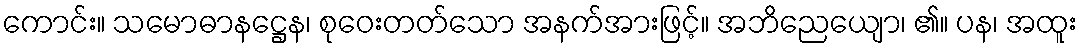
ကောင်း။ သမောဓာနဋ္ဌေန၊ စုဝေးတတ်သော အနက်အားဖြင့်။ အဘိညေယျော၊ ၏။ ပန၊ အထူး